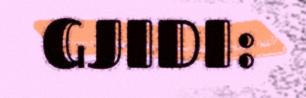
GJIDI: